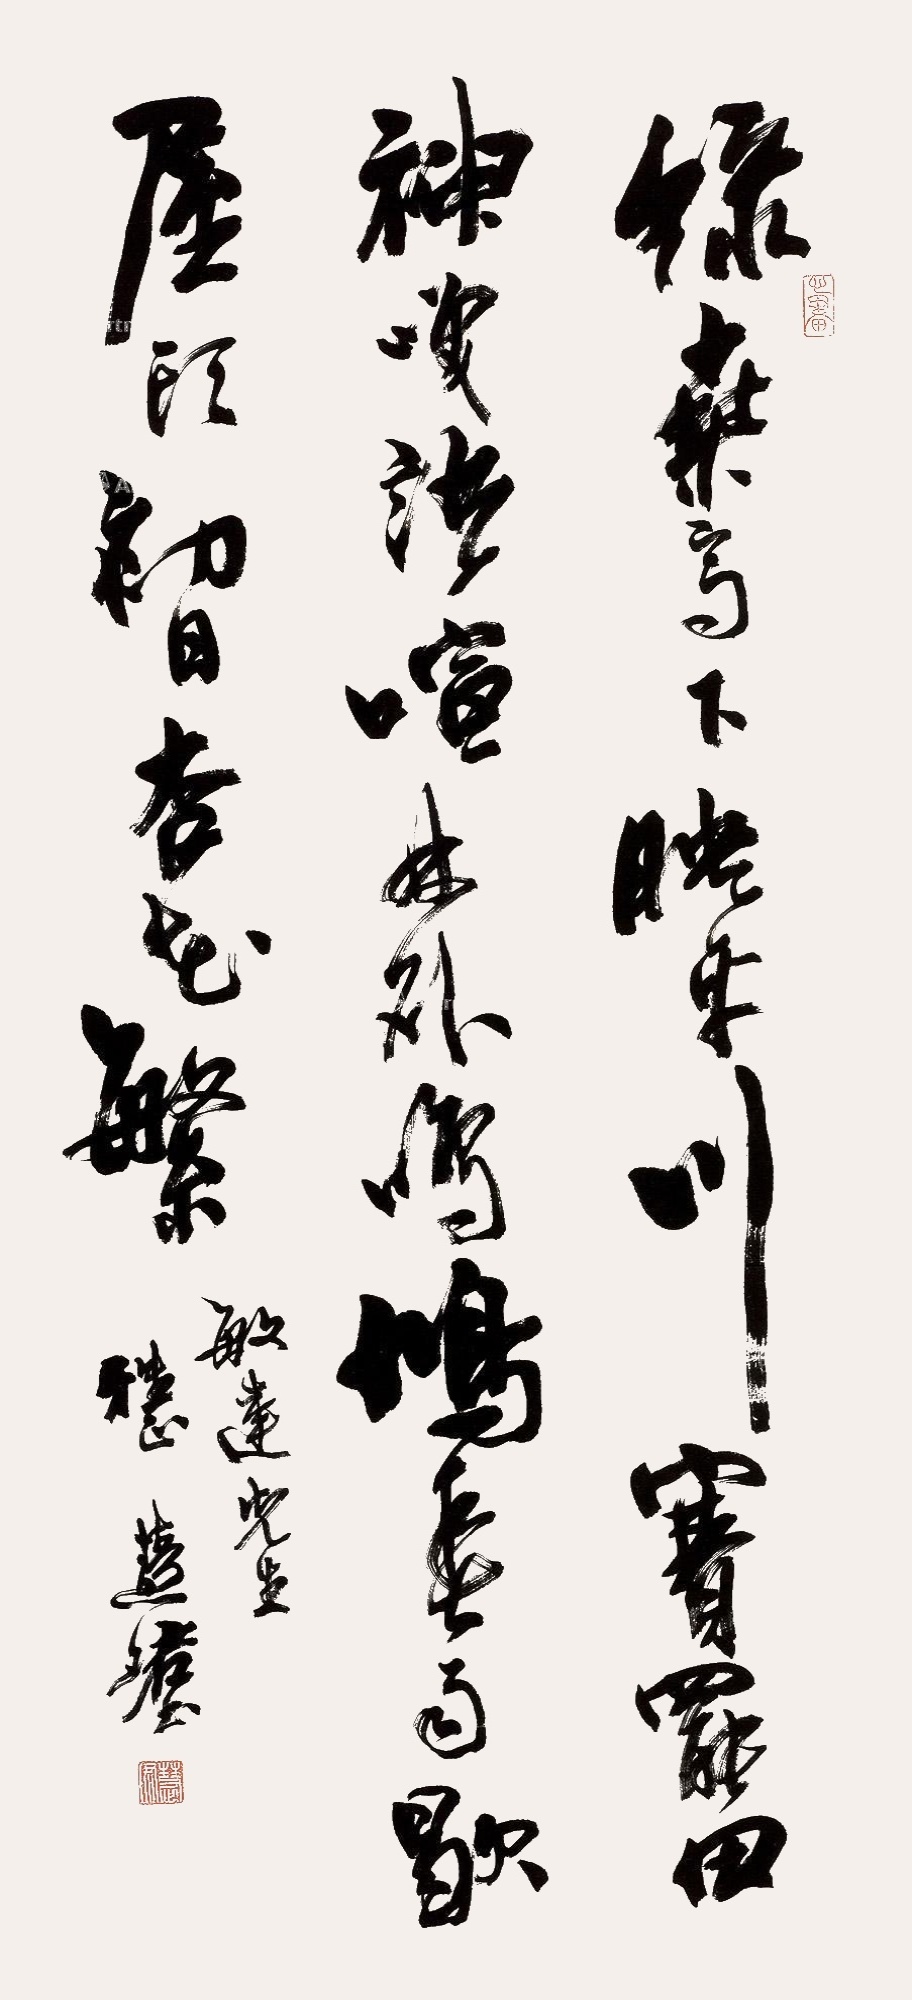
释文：绿桑高下映平川，赛罢田神笑语喧。林外鸣鸠春雨歇，屋头初日杏花繁。敏达先生雅正，慧珺书。